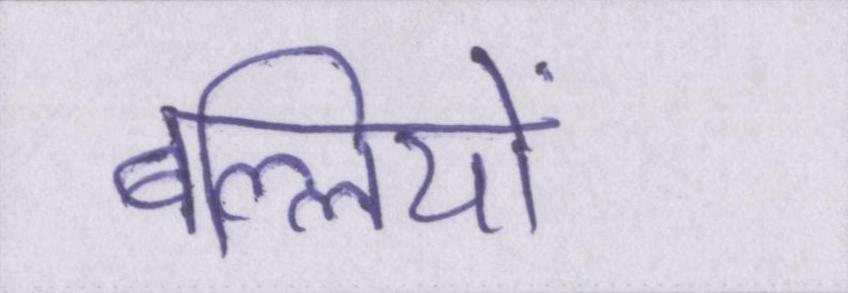
बल्लियों